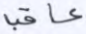
عاقب